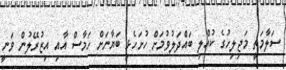
ސަލާމަތީ މަޖިލިހުގެ ކުއްލި ބައްދަލުވުމަށް ހުށަހެޅި ބަޔާނަށް ހަމާސް އާއި އިޒުރޭލުން ވަނީ